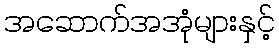
အဆောက်အအုံများနှင့်